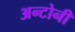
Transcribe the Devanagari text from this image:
अन्टोनी